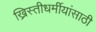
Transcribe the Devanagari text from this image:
ख्रिस्तीधर्मीयांसाठी